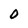
Character: O